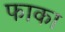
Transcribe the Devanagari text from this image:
फाका